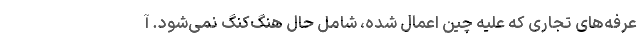
عرفه‌های تجاری که علیه چین اعمال شده، شامل حال هنگ‌کنگ نمی‌شود. آ